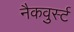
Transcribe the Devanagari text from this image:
नैकवुर्स्ट